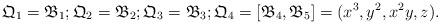
LaTeX: \begin{align*}\mathfrak{Q}_{1} = \mathfrak{B}_{1}; \mathfrak{Q}_{2} = \mathfrak{B}_{2}; \mathfrak{Q}_{3} = \mathfrak{B}_{3}; \mathfrak{Q}_{4} = [\mathfrak{B}_{4}, \mathfrak{B}_{5}] = (x^{3}, y^{2}, x^{2}y, z).\end{align*}